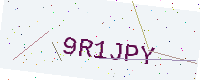
Text: 9R1JPY